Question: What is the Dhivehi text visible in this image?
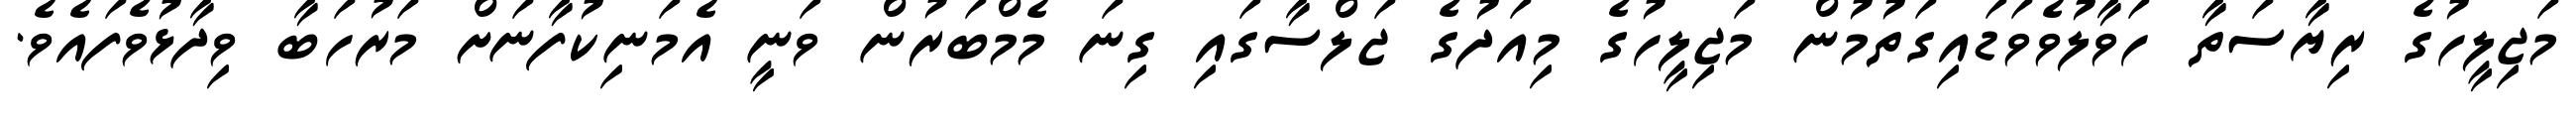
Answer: މަޖިލީހުގެ ރިޔާސަތާ ހަވާލުވެވަޑައިގަތުމުން މަޖިލީހުގެ މިއަދުގެ ޖަލްސާގައި ގިނަ މެމްބަރުން ވަނީ އެމަނިކުފާނަށް މަރުހަބާ ވިދާޅުވެފައެވެ.